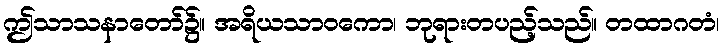
ဤသာသနာတော်၌။ အရိယသာဝကော၊ ဘုရားတပည့်သည်။ တထာဂတံ၊